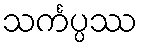
သင်္ကပ္ပဿ